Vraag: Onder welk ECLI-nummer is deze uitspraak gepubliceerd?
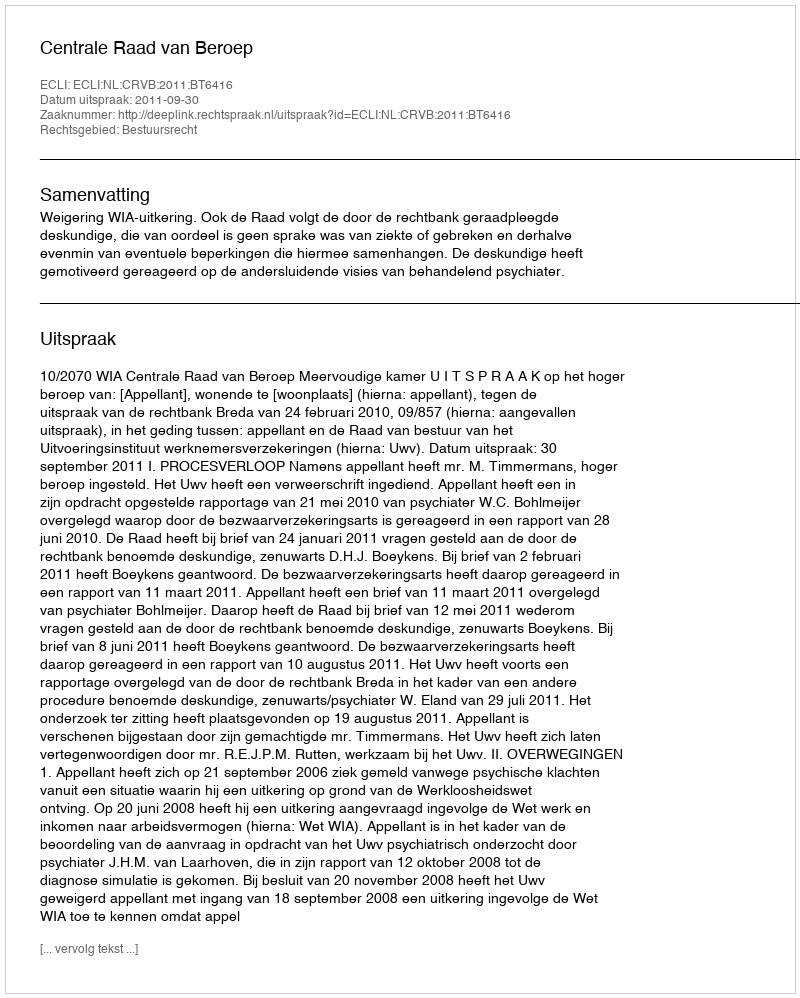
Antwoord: ECLI:NL:CRVB:2011:BT6416